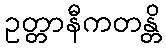
ဥတ္တာနီကတန္တိ